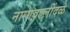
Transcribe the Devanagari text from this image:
नागावल्लींदळ